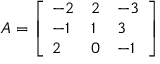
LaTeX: A = { \left[ \begin{array} { l l l } { - 2 } & { 2 } & { - 3 } \\ { - 1 } & { 1 } & { 3 } \\ { 2 } & { 0 } & { - 1 } \end{array} \right] }